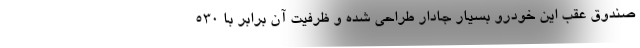
صندوق عقب این خودرو بسیار جادار طراحی شده و ظرفیت آن برابر با 530